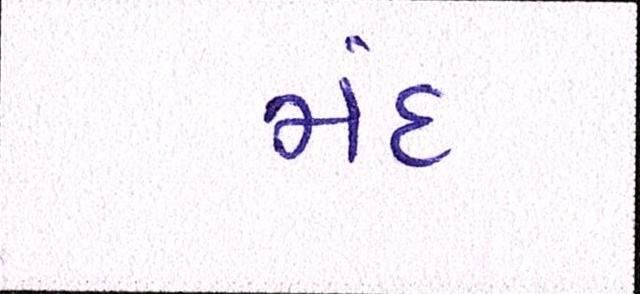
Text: મંદ